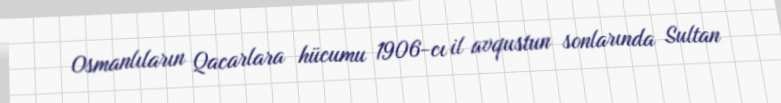
Osmanlıların Qacarlara hücumu 1906-cı il avqustun sonlarında Sultan